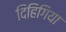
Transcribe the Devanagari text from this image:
दिहिगिया